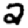
Digit: 2